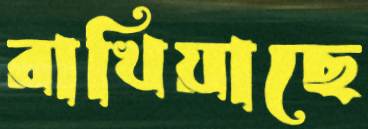
রাখিয়াছে